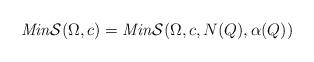
LaTeX: \begin{align*}\mathit{Min}\mathcal S(\Omega,c)=\mathit{Min}\mathcal S(\Omega,c,N(Q),\alpha(Q))\end{align*}